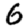
Digit: 6